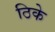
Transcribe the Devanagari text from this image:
ठिके